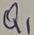
Text: Q1